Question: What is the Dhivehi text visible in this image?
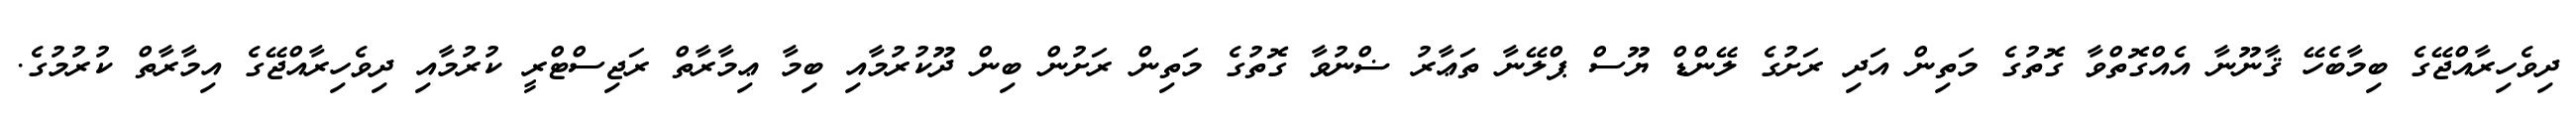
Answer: ދިވެހިރާއްޖޭގެ ބިމާބެހޭ ޤާނޫނާ އެއްގޮތްވާ ގޮތުގެ މަތިން އަދި ރަށުގެ ލޭންޑް ޔޫސް ޕްލޭނާ ތަޢާރު ޟްނުވާ ގޮތުގެ މަތިން ރަށުން ބިން ދޫކުރުމާއި ބިމާ ޢިމާރާތް ރަޖިސްޓްރީ ކުރުމާއި ދިވެހިރާއްޖޭގެ އިމާރާތް ކުރުމުގެ.